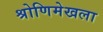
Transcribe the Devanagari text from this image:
श्रोणिमेखला